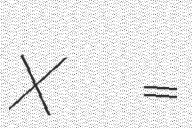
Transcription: x =